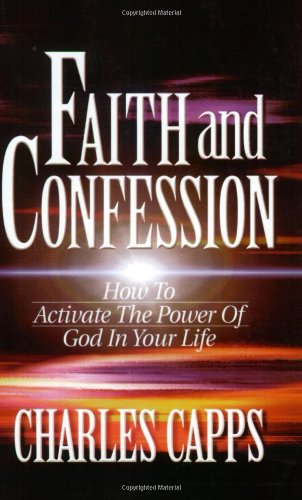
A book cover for Faith and Confession; Charles Capps; Christian Books & Bibles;